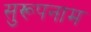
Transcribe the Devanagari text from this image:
सुरूपनाम